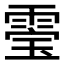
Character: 𮦚